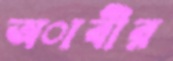
অাবীর